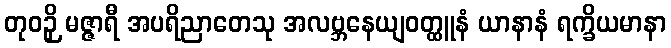
တုဝဉှိ မဇ္ဇာရီ အပရိညာတေသု အလဗ္ဘနေယျဝတ္ထူနံ ယာနာနံ ရက္ခိယမာနာ